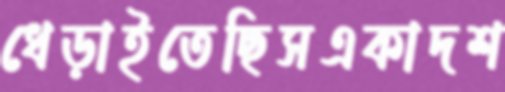
ধেড়াইতেছিসএকাদশ